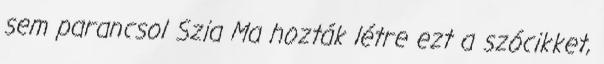
sem parancsol Szia Ma hozták létre ezt a szócikket,